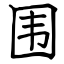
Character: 围